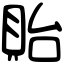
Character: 貽